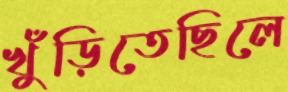
খুঁড়িতেছিলে